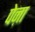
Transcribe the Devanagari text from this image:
पेऩा